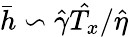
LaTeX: \bar{h}\backsim\hat{\gamma}\hat{T_{x}}/\hat{\eta}